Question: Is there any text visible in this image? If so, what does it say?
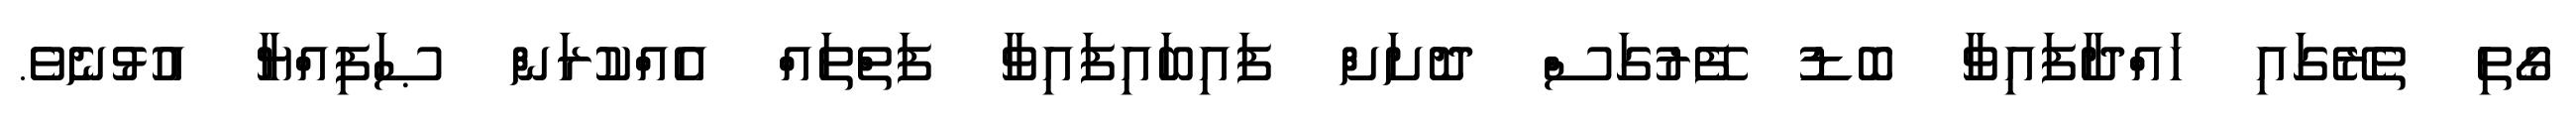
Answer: ގޯތި ތެރޭގައި ހައްދާފައިވާ ބޮޑު ފޭރުގަސް ދޮށަށް ފައިބައިފައިވާ ފަތްތައް އެއްކުރަން ޞަފިއްޔާ އުޅުނެވެ.